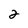
Character: 2